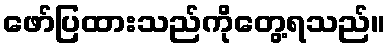
ဖော်ပြထားသည်ကိုတွေ့ရသည်။